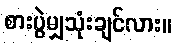
စားပွဲမျှသုံးချင်လား။